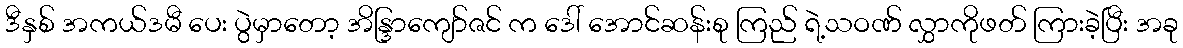
ဒီနှစ် အကယ်ဒမီ ပေး ပွဲမှာတော့ အိန္ဒြာကျော်ဇင် က ဒေါ် အောင်ဆန်းစု ကြည် ရဲ့သဝဏ် လွှာကိုဖတ် ကြားခဲ့ပြီး အခု